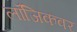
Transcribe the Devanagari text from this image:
लॉजिकवर